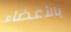
بالأعضاء